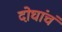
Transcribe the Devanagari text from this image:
दोघांचं